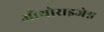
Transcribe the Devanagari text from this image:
ऑथोराइजेश्न